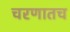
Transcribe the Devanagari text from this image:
चरणातच